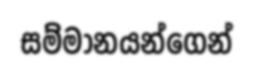
සම්මානයන්ගෙන්